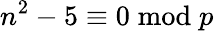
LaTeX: n^{2}-5\equiv 0{\bmod{p}}